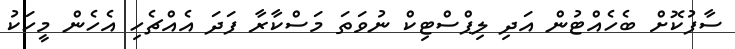
ސާފުކޮށް ބެހެއްޓުން އަދި ލިޕްސްޓިކް ނުވަތަ މަސްކާރާ ފަދަ އެއްޗެހި އެހެން މީހަކު